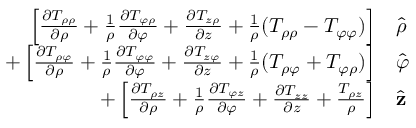
\begin{array} { r l } { \left[ { \frac { \partial T _ { \rho \rho } } { \partial \rho } } + { \frac { 1 } { \rho } } { \frac { \partial T _ { \varphi \rho } } { \partial \varphi } } + { \frac { \partial T _ { z \rho } } { \partial z } } + { \frac { 1 } { \rho } } ( T _ { \rho \rho } - T _ { \varphi \varphi } ) \right] } & { { } { \hat { \boldsymbol { \rho } } } } \\ { + \left[ { \frac { \partial T _ { \rho \varphi } } { \partial \rho } } + { \frac { 1 } { \rho } } { \frac { \partial T _ { \varphi \varphi } } { \partial \varphi } } + { \frac { \partial T _ { z \varphi } } { \partial z } } + { \frac { 1 } { \rho } } ( T _ { \rho \varphi } + T _ { \varphi \rho } ) \right] } & { { } { \hat { \boldsymbol { \varphi } } } } \\ { + \left[ { \frac { \partial T _ { \rho z } } { \partial \rho } } + { \frac { 1 } { \rho } } { \frac { \partial T _ { \varphi z } } { \partial \varphi } } + { \frac { \partial T _ { z z } } { \partial z } } + { \frac { T _ { \rho z } } { \rho } } \right] } & { { } { \hat { \mathbf { z } } } } \end{array}